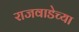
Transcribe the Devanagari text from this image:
राजवाडेच्या